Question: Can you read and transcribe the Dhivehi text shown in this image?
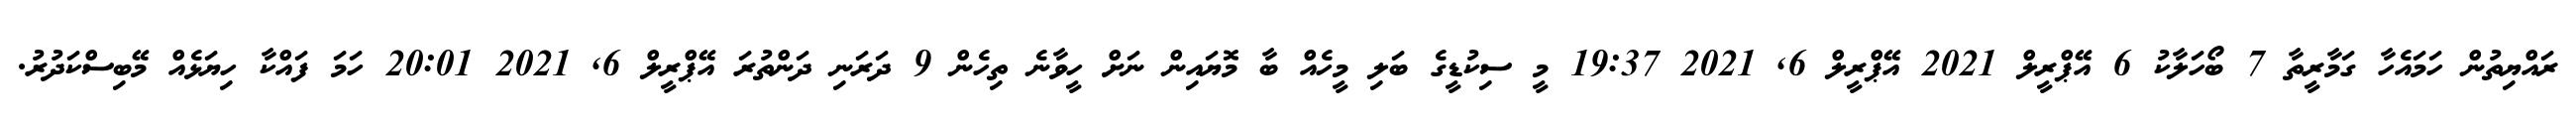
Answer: ރައްޔިތުން ހަމައެހާ ގަމާރީތާ 7 ބޯހަލާކު 6 އޭޕްރީލް 2021 އޭޕްރީލް 6, 2021 19:37 މީ ސިކުޑީގެ ބަލި މީހެއް ބާ މޮޔައިން ނަށް ހީވާނެ ތިހެން 9 ދަރަނި ދަންތުރަ އޭޕްރީލް 6, 2021 20:01 ހަމަ ފައްކާ ހިޔަޅެއް މޭބިސްކަދުރު.